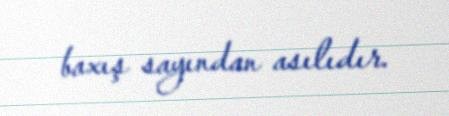
baxış sayından asılıdır.